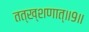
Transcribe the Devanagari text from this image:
तत्ख्शणात्॥९॥